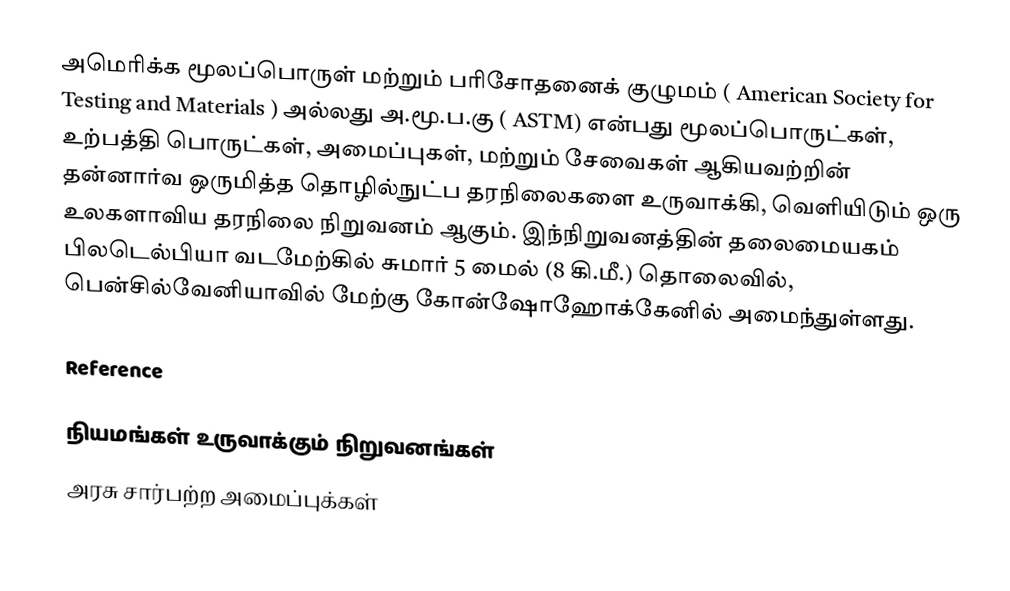
அமெரிக்க மூலப்பொருள் மற்றும் பரிசோதனைக் குழுமம் ( American Society for Testing and Materials ) அல்லது அ.மூ.ப.கு ( ASTM) என்பது மூலப்பொருட்கள், உற்பத்தி பொருட்கள், அமைப்புகள், மற்றும் சேவைகள்  ஆகியவற்றின் தன்னார்வ ஒருமித்த தொழில்நுட்ப தரநிலைகளை உருவாக்கி, வெளியிடும் ஒரு உலகளாவிய தரநிலை நிறுவனம் ஆகும். இந்நிறுவனத்தின் தலைமையகம் பிலடெல்பியா வடமேற்கில் சுமார் 5 மைல் (8 கி.மீ.) தொலைவில், பென்சில்வேனியாவில் மேற்கு கோன்ஷோஹோக்கேனில் அமைந்துள்ளது.

Reference

நியமங்கள் உருவாக்கும் நிறுவனங்கள்
அரசு சார்பற்ற அமைப்புக்கள்